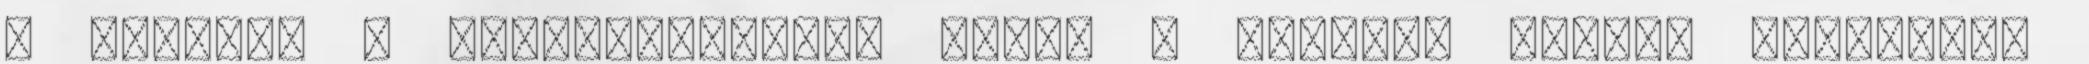
a savakat A születésnapját pedig a második polcon tartotta.